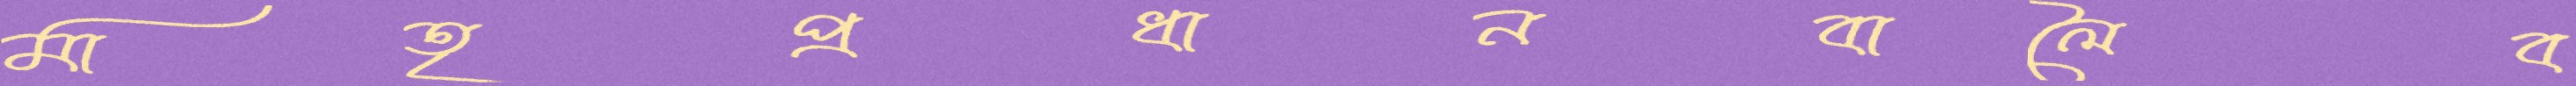
মাতৃপ্রধানবালৈব